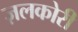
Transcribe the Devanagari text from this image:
ज़लकोरी